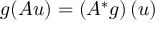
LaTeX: g ( A u ) = \left( A ^ { * } g \right) ( u )